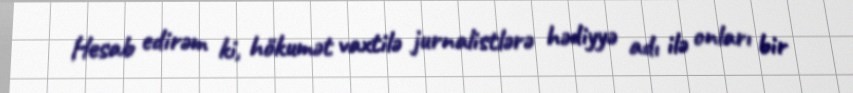
Hesab edirəm ki, hökumət vaxtilə jurnalistlərə hədiyyə adı ilə onları bir